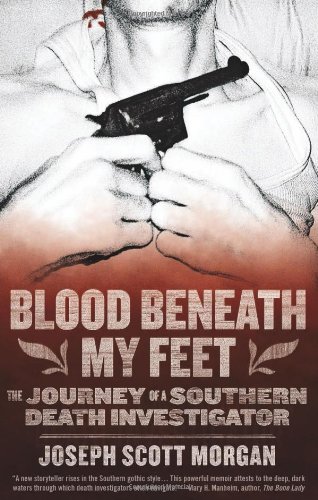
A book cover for Blood Beneath My Feet: The Journey of a Southern Death Investigator; Joseph  Scott Morgan; Biographies & Memoirs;